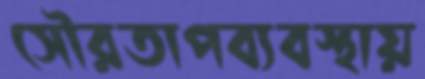
সৌরতাপব্যবস্থায়